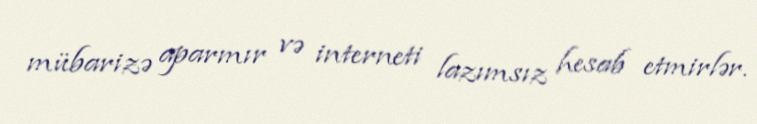
mübarizə aparmır və interneti lazımsız hesab etmirlər.